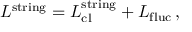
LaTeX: L ^ { \mathrm { s t r i n g } } = L _ { \mathrm { c l } } ^ { \mathrm { s t r i n g } } + L _ { \mathrm { f l u c } } \, ,